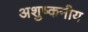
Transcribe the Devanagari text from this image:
अशुष्कनीय